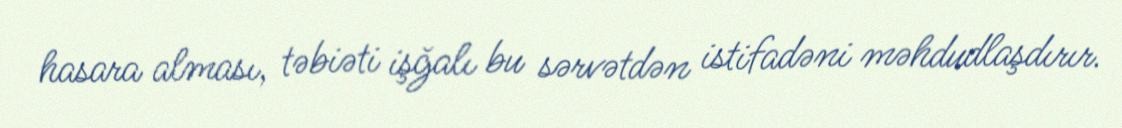
hasara alması, təbiəti işğalı bu sərvətdən istifadəni məhdudlaşdırır.